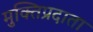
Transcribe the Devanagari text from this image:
मुक्तिप्रदाता